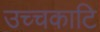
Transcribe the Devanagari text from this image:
उच्चकाटि